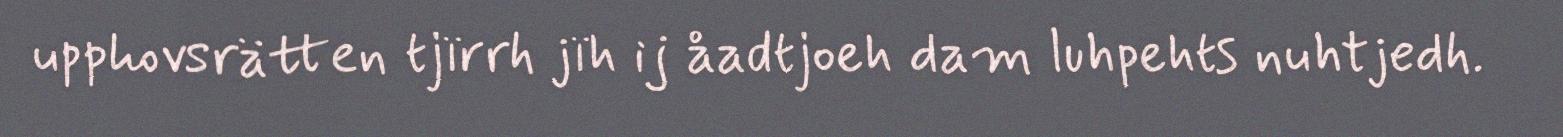
upphovsrätten tjïrrh jïh ij åadtjoeh dam luhpehts nuhtjedh.